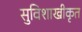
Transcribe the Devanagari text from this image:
सुविशाखीकृत